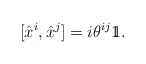
\begin{align*}[\hat{x}^{i},\hat{x}^{j}]=i{\theta}^{ij}{\rlap{1} \hskip 1.6pt \hbox{1}}.\end{align*}